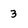
Character: 3